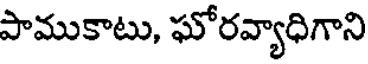
పాముకాటు, ఘోరవ్యాధిగాని